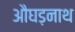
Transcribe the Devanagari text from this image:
औघड़नाथ